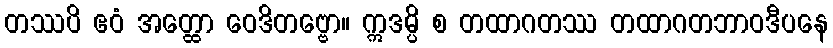
တဿပိ ဧဝံ အတ္ထော ဝေဒိတဗ္ဗော။ ဣဒမ္ပိ စ တထာဂတဿ တထာဂတဘာဝဒီပနေ